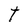
Character: t